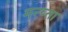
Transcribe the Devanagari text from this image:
मन्य्ता